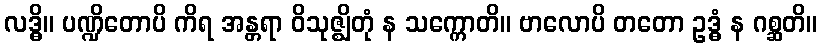
လဒ္ဓိ။ ပဏ္ဍိတောပိ ကိရ အန္တရာ ဝိသုဇ္ဈိတုံ န သက္ကောတိ။ ဗာလောပိ တတော ဥဒ္ဓံ န ဂစ္ဆတိ။